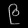
Digit: ၉